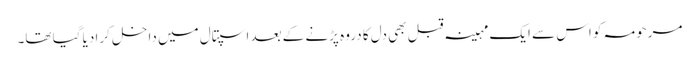
مرحومہ کو اس سے ایک مہینہ قبل بھی دل کا دروہ پڑنے کے بعد اسپتال میں داخل کرا دیا گیا تھا۔